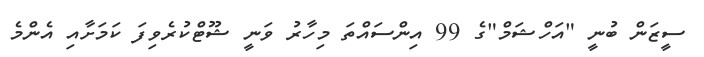
ސީޒަން ބުނީ "އަހްޝަމް"ގެ 99 އިންސައްތަ މިހާރު ވަނީ ޝޫޓްކުރެވިފަ ކަމަށާއި އެންމެ